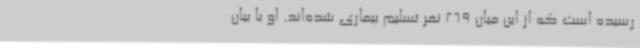
رسیده است که از این میان 269 نفر تسلیم بیماری شده‌اند. او با بیان